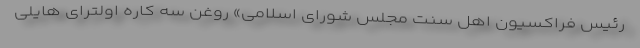
رئیس فراکسیون اهل سنت مجلس شورای اسلامی» روغن سه کاره اولترای هایلی